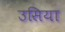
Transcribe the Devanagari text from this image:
उसिया